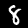
Label: 8